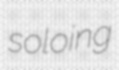
soloing